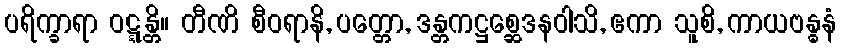
ပရိက္ခာရာ ဝဋ္ဋန္တိ။ တီဏိ စီဝရာနိ, ပတ္တော, ဒန္တကဋ္ဌစ္ဆေဒနဝါသိ, ဧကာ သူစိ, ကာယဗန္ဓနံ